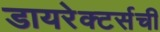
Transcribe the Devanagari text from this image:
डायरेक्टर्सची